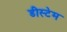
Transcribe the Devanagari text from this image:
डीस्टेम